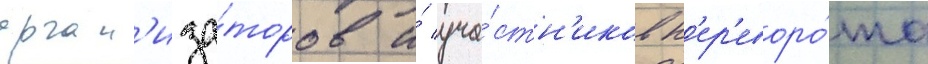
орган'иза́торов и́ уча́стн'иков п'ер'еворо́та